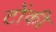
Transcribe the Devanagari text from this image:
टोंकी